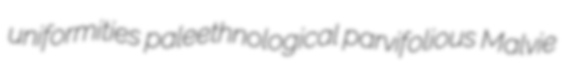
uniformities paleethnological parvifolious Malvie